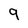
Character: 9